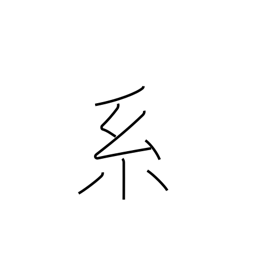
Meaning: lineage